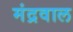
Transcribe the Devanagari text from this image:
मंद्रवाल